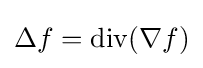
\Delta f={\rm {div}}(\nabla f)